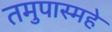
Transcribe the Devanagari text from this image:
तमुपास्महे